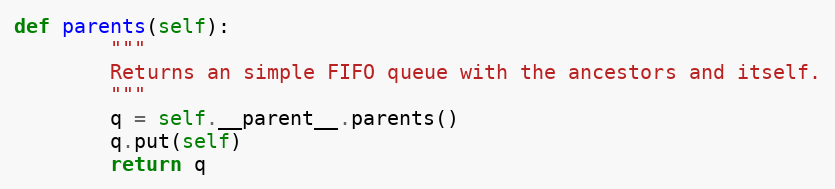
Language: Python
def parents(self):
        """
        Returns an simple FIFO queue with the ancestors and itself.
        """
        q = self.__parent__.parents()
        q.put(self)
        return q